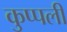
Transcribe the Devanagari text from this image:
कुप्पली